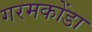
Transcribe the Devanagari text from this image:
गरमकोंडा